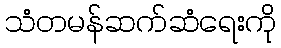
သံတမန်ဆက်ဆံရေးကို